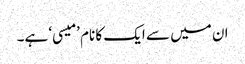
ان میں سے ایک کا نام ’میسی‘ ہے۔